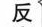
反